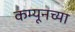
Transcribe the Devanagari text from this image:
कम्यूनच्या